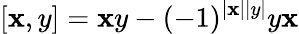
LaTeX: [\mathbf{x},y]=\mathbf{x}y-(-1)^{|\mathbf{x}||y|}y\mathbf{x}